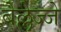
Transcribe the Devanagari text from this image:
बेल्लेज्जे